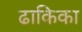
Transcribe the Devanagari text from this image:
ढाकिका